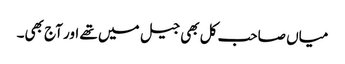
میاں صاحب کل بھی جیل میں تھے اور آج بھی۔